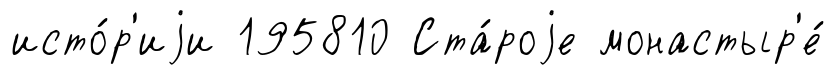
исто́р'иjи 195810 Ста́роjе монастыр'е́